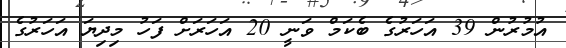
އުމުރުން 39 އަހަރުގެ ބެކަމް ވަނީ 20 އަހަރަށް ފަހު މިދިޔަ އަހަރުގެ